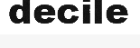
decile